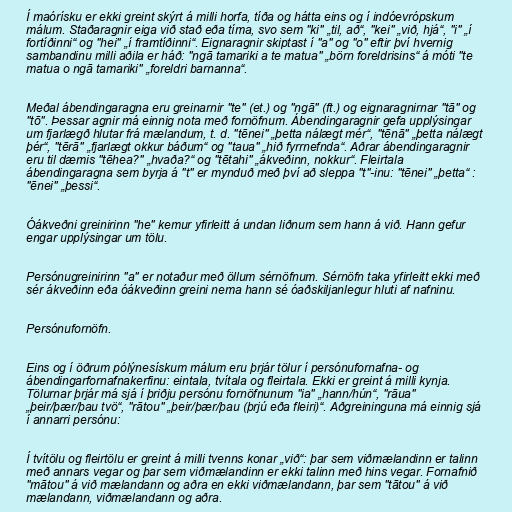
Í maórísku er ekki greint skýrt á milli horfa, tíða og hátta eins og í indóevrópskum
málum. Staðaragnir eiga við stað eða tíma, svo sem "ki" „til, að“, "kei" „við, hjá“, "i" „í
fortíðinni“ og "hei" „í framtíðinni“. Eignaragnir skiptast í "a" og "o" eftir því hvernig
sambandinu milli aðila er háð: "ngā tamariki a te matua" „börn foreldrisins“ á móti "te
matua o ngā tamariki" „foreldri barnanna“.

Meðal ábendingaragna eru greinarnir "te" (et.) og "ngā" (ft.) og eignaragnirnar "tā" og
"tō". Þessar agnir má einnig nota með fornöfnum. Ábendingaragnir gefa upplýsingar
um fjarlægð hlutar frá mælandum, t. d. "tēnei" „þetta nálægt mér“, "tēnā" „þetta nálægt
þér“, "tērā" „fjarlægt okkur báðum“ og "taua" „hið fyrrnefnda“. Aðrar ábendingaragnir
eru til dæmis "tēhea?" „hvaða?“ og "tētahi" „ákveðinn, nokkur“. Fleirtala
ábendingaragna sem byrja á "t" er mynduð með því að sleppa "t"-inu: "tēnei" „þetta“ :
"ēnei" „þessi“.

Óákveðni greinirinn "he" kemur yfirleitt á undan liðnum sem hann á við. Hann gefur
engar upplýsingar um tölu.

Persónugreinirinn "a" er notaður með öllum sérnöfnum. Sérnöfn taka yfirleitt ekki með
sér ákveðinn eða óákveðinn greini nema hann sé óaðskiljanlegur hluti af nafninu.

Persónufornöfn.

Eins og í öðrum pólýnesískum málum eru þrjár tölur í persónufornafna- og
ábendingarfornafnakerfinu: eintala, tvítala og fleirtala. Ekki er greint á milli kynja.
Tölurnar þrjár má sjá í þriðju persónu fornöfnunum "ia" „hann/hún“, "rāua"
„þeir/þær/þau tvö“, "rātou" „þeir/þær/þau (þrjú eða fleiri)“. Aðgreininguna má einnig sjá
í annarri persónu:

Í tvítölu og fleirtölu er greint á milli tvenns konar „við“: þar sem viðmælandinn er talinn
með annars vegar og þar sem viðmælandinn er ekki talinn með hins vegar. Fornafnið
"mātou" á við mælandann og aðra en ekki viðmælandann, þar sem "tātou" á við
mælandann, viðmælandann og aðra.